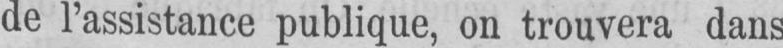
de l’assistance publique, on trouvera dans